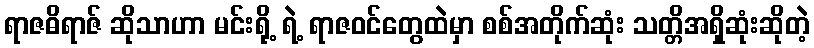
ရာဇဓိရာဇ် ဆိုသာဟာ မင်းရို့ ရဲ့ ရာဇဝင်တွေထဲမှာ စစ်အတိုက်ဆုံး သတ္တိအရှိဆုံးဆိုတဲ့